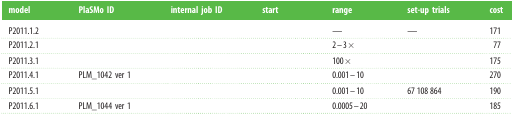
<table><thead><tr><td><b>model</b></td><td><b>PlaSMo ID</b></td><td><b>internal job ID</b></td><td><b>start</b></td><td><b>range</b></td><td><b>set-up trials</b></td><td><b>cost</b></td></tr></thead><tbody><tr><td>P2011.1.2</td><td>[EMPTY_CELL]</td><td>[EMPTY_CELL]</td><td>[EMPTY_CELL]</td><td>—</td><td>—</td><td>171</td></tr><tr><td>P2011.2.1</td><td>[EMPTY_CELL]</td><td>[EMPTY_CELL]</td><td>[EMPTY_CELL]</td><td>2–3×</td><td>[EMPTY_CELL]</td><td>77</td></tr><tr><td>P2011.3.1</td><td>[EMPTY_CELL]</td><td>[EMPTY_CELL]</td><td>[EMPTY_CELL]</td><td>100×</td><td>[EMPTY_CELL]</td><td>175</td></tr><tr><td>P2011.4.1</td><td>PLM_1042 ver 1</td><td>[EMPTY_CELL]</td><td>[EMPTY_CELL]</td><td>0.001–10</td><td>[EMPTY_CELL]</td><td>270</td></tr><tr><td>P2011.5.1</td><td>[EMPTY_CELL]</td><td>[EMPTY_CELL]</td><td>[EMPTY_CELL]</td><td>0.001–10</td><td>67 108 864</td><td>190</td></tr><tr><td>P2011.6.1</td><td>PLM_1044 ver 1</td><td>[EMPTY_CELL]</td><td>[EMPTY_CELL]</td><td>0.0005–20</td><td>[EMPTY_CELL]</td><td>185</td></tr></tbody></table>